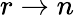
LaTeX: r\to n